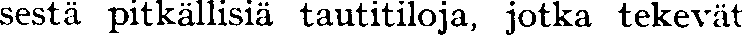
sestä pitkällisiä tautitiloja, jotka tekevät